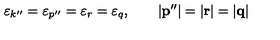
\varepsilon _ { k ^ { \prime \prime } } = \varepsilon _ { p ^ { \prime \prime } } = \varepsilon _ { r } = \varepsilon _ { q } , \qquad \left| { \bf p } ^ { \prime \prime } \right| = \left| { \bf r } \right| = \left| { \bf q } \right|